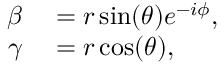
\begin{array} { r l } { \beta } & { { } = r \sin ( \theta ) e ^ { - i \phi } , } \\ { \gamma } & { { } = r \cos ( \theta ) , } \end{array}